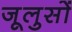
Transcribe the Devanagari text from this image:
जूलुसों